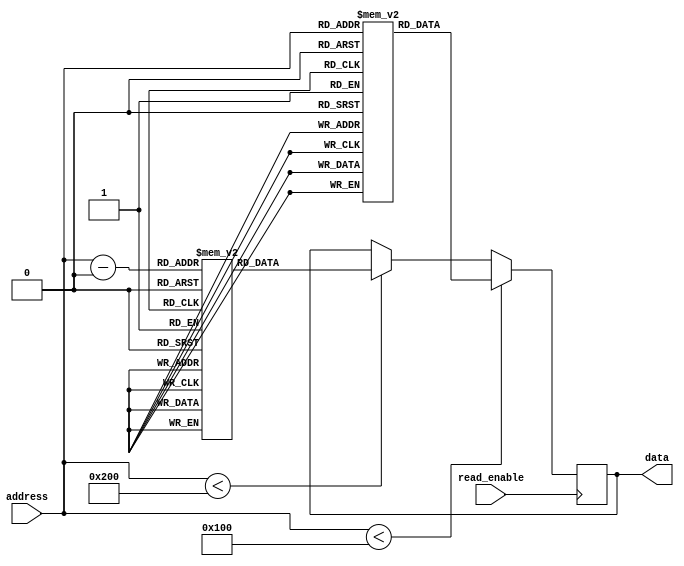
module FlashROM (
    input [7:0] address,
    input read_enable,
    output reg [7:0] data
);

    // Memory blocks declaration
    reg [7:0] memory_block1 [0:255];
    reg [7:0] memory_block2 [0:255];
    // Add more memory blocks as needed

    // read operation
    always @(posedge read_enable) begin
        if (address < 256)
            data <= memory_block1[address];
        else if (address < 512)
            data <= memory_block2[address-256];
        // Include more memory blocks as needed
    end

    // write operation
    // Include write-enable and data input ports and corresponding logic for writing data

endmodule